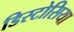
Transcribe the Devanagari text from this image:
डिस्टोसिया